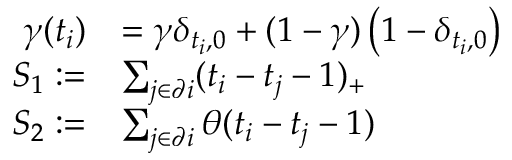
\begin{array} { r l } { \gamma ( t _ { i } ) } & { = \gamma \delta _ { t _ { i } , 0 } + ( 1 - \gamma ) \left( 1 - \delta _ { t _ { i } , 0 } \right) } \\ { S _ { 1 } : = } & { \sum _ { j \in \partial i } ( t _ { i } - t _ { j } - 1 ) _ { + } } \\ { S _ { 2 } : = } & { \sum _ { j \in \partial i } \theta ( t _ { i } - t _ { j } - 1 ) } \end{array}